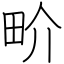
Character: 畍